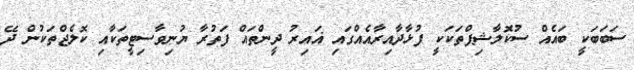
ސަބަބަކީ ބައެއް ސުކޮލާޝިޕްތަކަކީ ފުޅާދާއިރާއެއްގައި ޣައިރު ދީންތައް ފަތުރާ ޔުނިވާސިޓީތަކާއި ކޮލެޖްތަކުން ދޭ